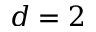
d = 2